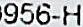
956-H